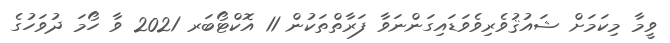
ވީމާ މިކަމަށް ޝައުޤުވެރިވެވަޑައިގަންނަވާ ފަރާތްތަކުން 11 އޮކްޓޯބަރ 2021 ވާ ހޯމަ ދުވަހުގެ